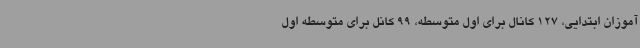
آموزان ابتدایی، 127 کانال برای اول متوسطه، 99 کانل برای متوسطه اول